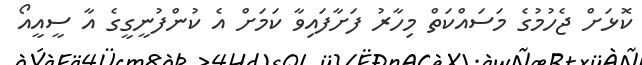
ކޮޅަށް ޖެހުމުގެ މަސައްކަތް މިހާރު ފަށާފައިވާ ކަމަށް އެ ކުންފުނީގީގެ އާ ސީއީއޯ